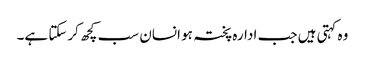
وہ کہتی ہیں جب ادارہ پختہ ہو انسان سب کچھ کرسکتا ہے۔